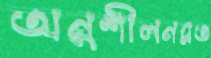
অনুশীলনরত